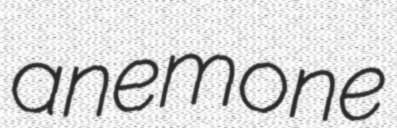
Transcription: anemone